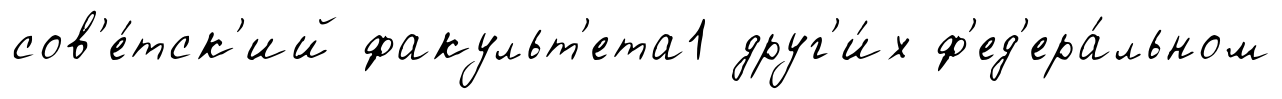
сов'е́тск'ий факульт'ета1 друг'и́х ф'ед'ера́льном